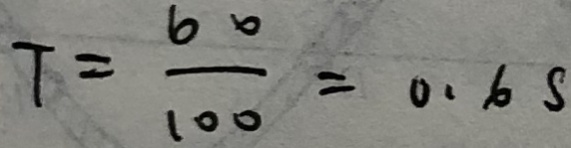
T = \frac { 6 0 } { 1 0 0 } = 0 . 6 s